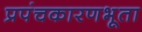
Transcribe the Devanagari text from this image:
प्रपंचकारणभूता